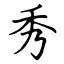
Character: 秀